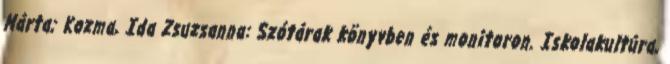
Márta; Kozma, Ida Zsuzsanna: Szótárak könyvben és monitoron. Iskolakultúra,